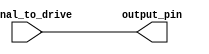
module push_pull_buffer (
    input wire signal_to_drive,
    output reg output_pin
);

reg pull_up;
reg pull_down;

always @ (signal_to_drive) begin
    pull_up = signal_to_drive;
    pull_down = ~signal_to_drive;
end

always @ (pull_up, pull_down) begin
    output_pin = pull_up & ~pull_down;
end

endmodule